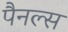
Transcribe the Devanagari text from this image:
पैनल्स